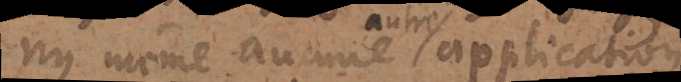
ny même aucune application